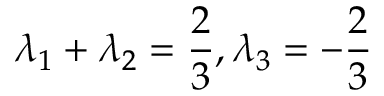
\lambda _ { 1 } + \lambda _ { 2 } = \frac { 2 } { 3 } , \lambda _ { 3 } = - \frac { 2 } { 3 }